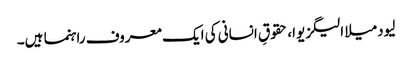
لیودمیلا الیگزیوا، حقوقِ انسانی کی ایک معروف راہنما ہیں۔